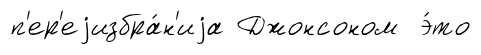
п'ер'еjизбра́н'иjа Джонсоном э́то